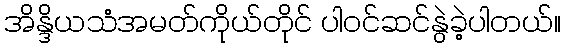
အိန္ဒိယသံအမတ်ကိုယ်တိုင် ပါဝင်ဆင်နွဲခဲ့ပါတယ်။